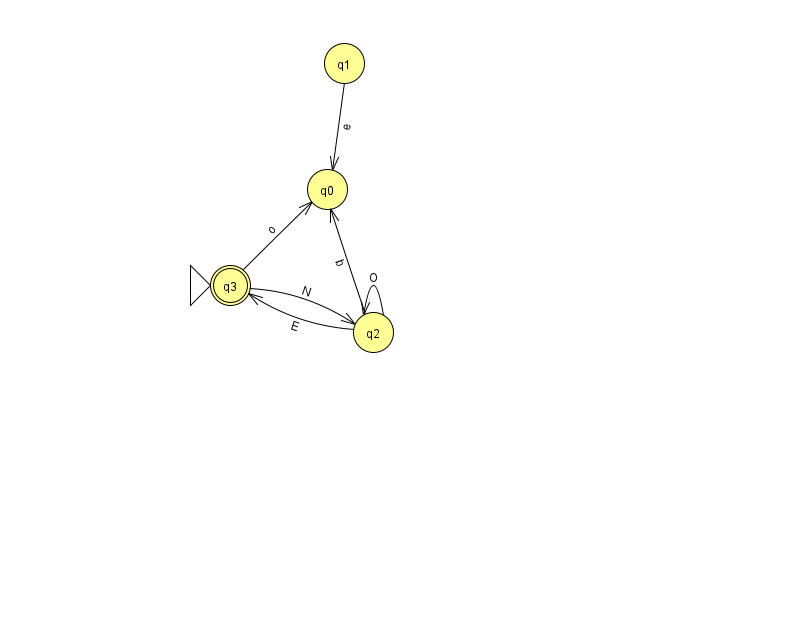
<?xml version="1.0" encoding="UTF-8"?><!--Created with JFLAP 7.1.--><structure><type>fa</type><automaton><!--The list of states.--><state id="0" name="q0"><x>327.0</x><y>176.0</y></state><state id="1" name="q1"><x>344.0</x><y>50.0</y></state><state id="2" name="q2"><x>373.0</x><y>319.0</y></state><state id="3" name="q3"><x>230.0</x><y>272.0</y><initial/><final/></state><!--The list of transitions.--><transition><from>2</from><to>0</to><read>b</read></transition><transition><from>2</from><to>3</to><read>E</read></transition><transition><from>3</from><to>0</to><read>o</read></transition><transition><from>3</from><to>2</to><read>N</read></transition><transition><from>1</from><to>0</to><read>e</read></transition><transition><from>2</from><to>2</to><read>O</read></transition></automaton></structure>